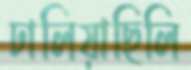
ঢালিয়াছিলি